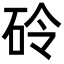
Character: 砱